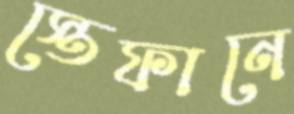
স্তেফানে